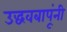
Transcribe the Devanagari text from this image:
उद्धवबापूंनी